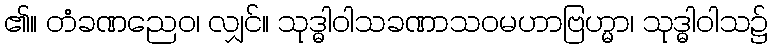
၏။ တံခဏညေဝ၊ လျှင်။ သုဒ္ဓါဝါသခဏာသဝမဟာဗြဟ္မာ၊ သုဒ္ဓါဝါသ၌